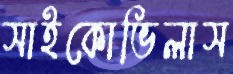
সাইকোভিলাস